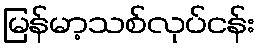
မြန်မာ့သစ်လုပ်ငန်း